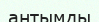
антымды